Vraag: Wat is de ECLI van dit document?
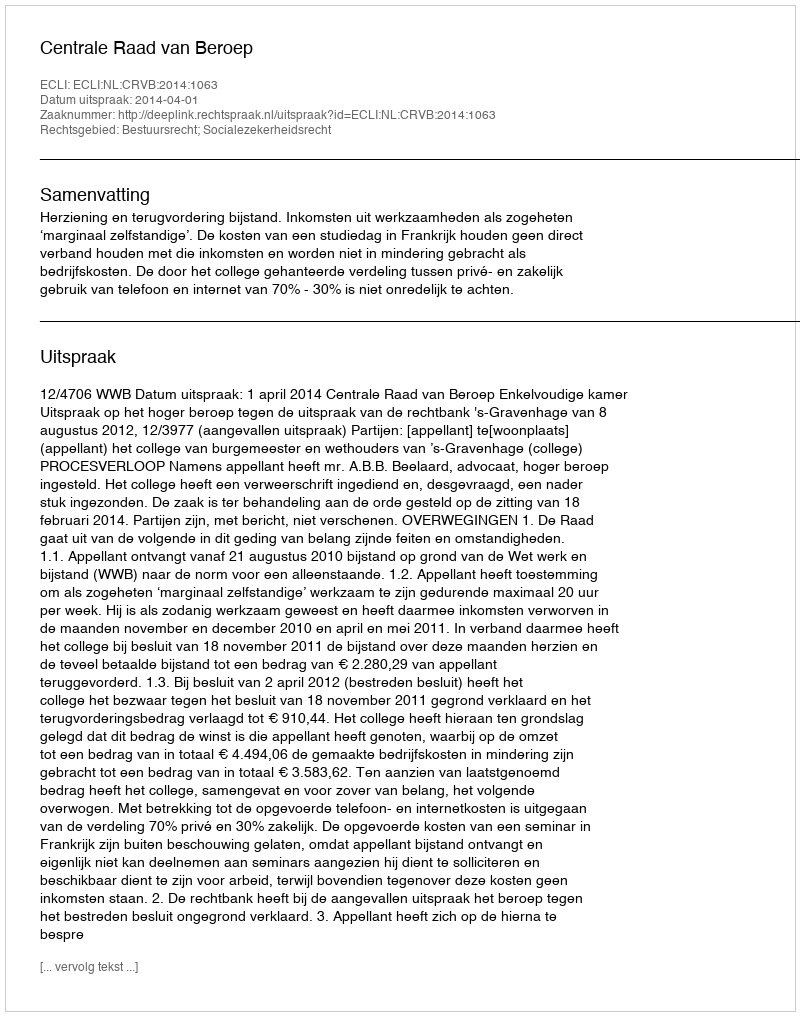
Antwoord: ECLI:NL:CRVB:2014:1063